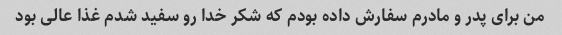
من برای پدر و مادرم سفارش داده بودم که شکر خدا رو سفید شدم غذا عالی بود